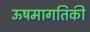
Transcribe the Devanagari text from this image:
ऊषमागतिकी